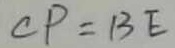
C P = B E